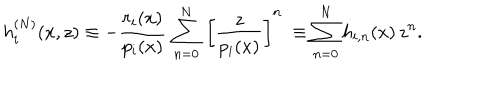
h _ { i } ^ { ( N ) } ( x , z ) \equiv - \frac { r _ { i } ( x ) } { p _ { i } ( x ) } \, \sum _ { n = 0 } ^ { N } \, { \left[ \frac { z } { p _ { i } ( x ) } \right] } ^ { n } \ \equiv \sum _ { n = 0 } ^ { N } h _ { i , n } ( x ) \, z ^ { n } .